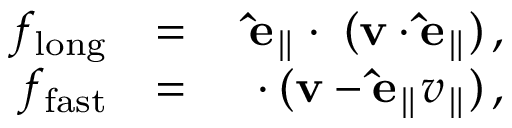
\begin{array} { r l r } { f _ { \mathrm { l o n g } } } & { = } & { \mathbf { \hat { e } _ { \parallel } } \cdot \mathbf { \nabla } ( \mathbf { v } \cdot \mathbf { \hat { e } _ { \parallel } } ) \, , } \\ { f _ { \mathrm { f a s t } } } & { = } & { \mathbf { \nabla } \cdot ( \mathbf { v } - \mathbf { \hat { e } _ { \parallel } } v _ { \parallel } ) \, , } \end{array}